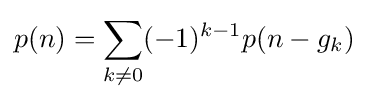
p(n)=\sum _{k\neq 0}(-1)^{k-1}p(n-g_{k})